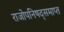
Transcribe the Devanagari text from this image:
राजोपनिषद्समाप्त